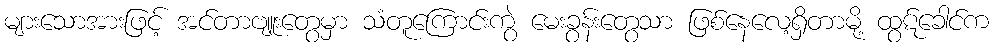
များသောအားဖြင့် အင်တာဗျူးတွေမှာ သံတူကြောင်းကွဲ မေးခွန်းတွေသာ ဖြစ်နေလေ့ရှိတာမို့ ထွဋ်ခေါင်က